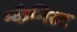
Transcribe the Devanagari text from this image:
म्कैनिस्ट